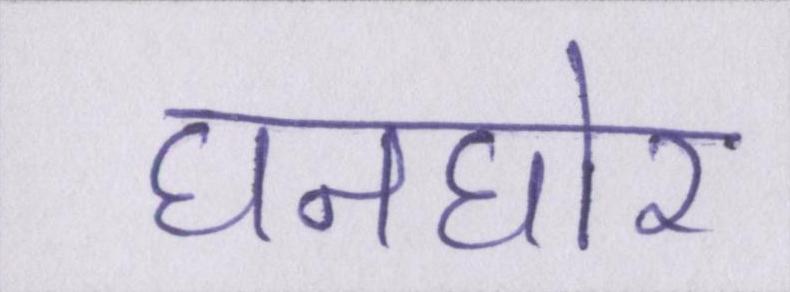
घनघोर